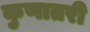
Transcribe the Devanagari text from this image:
कुणातरी